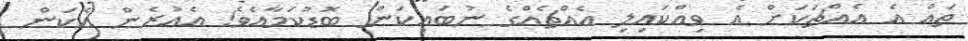
ތައް އެ އެއްޗަކަށް އެ ވިއްކައިލި އެއްޗެއްގެ ނުބައިކަން ބޮޑުކަމާއެވެ! އެއުރެން އެކަން